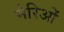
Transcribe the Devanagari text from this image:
मेरिओं